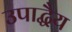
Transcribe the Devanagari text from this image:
उपाद्धैय